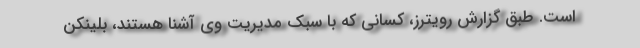
است. طبق گزارش رویترز، کسانی که با سبک مدیریت وی آشنا هستند، بلینکن